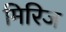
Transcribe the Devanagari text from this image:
मिरिज